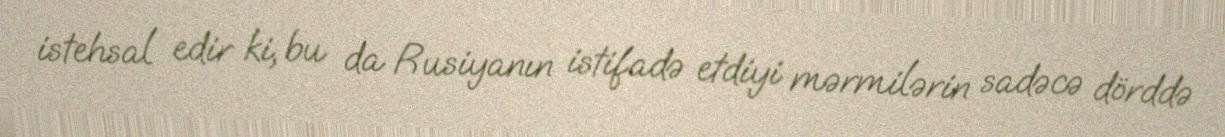
istehsal edir ki, bu da Rusiyanın istifadə etdiyi mərmilərin sadəcə dörddə